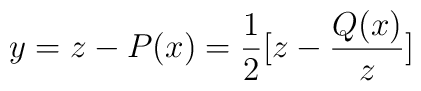
y = z - P(x) = \frac{1}{2} [z - \frac{Q(x)}{z}]